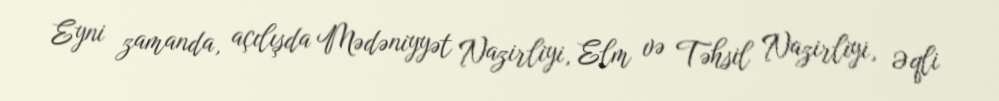
Eyni zamanda, açılışda Mədəniyyət Nazirliyi, Elm və Təhsil Nazirliyi, Əqli